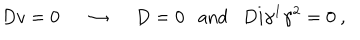
LaTeX: D v = 0 ~ ~ \rightarrow ~ ~ D = 0 \mathrm { a n d } D i \gamma ^ { 1 } \gamma ^ { 2 } = 0 ~ ,